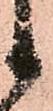
候